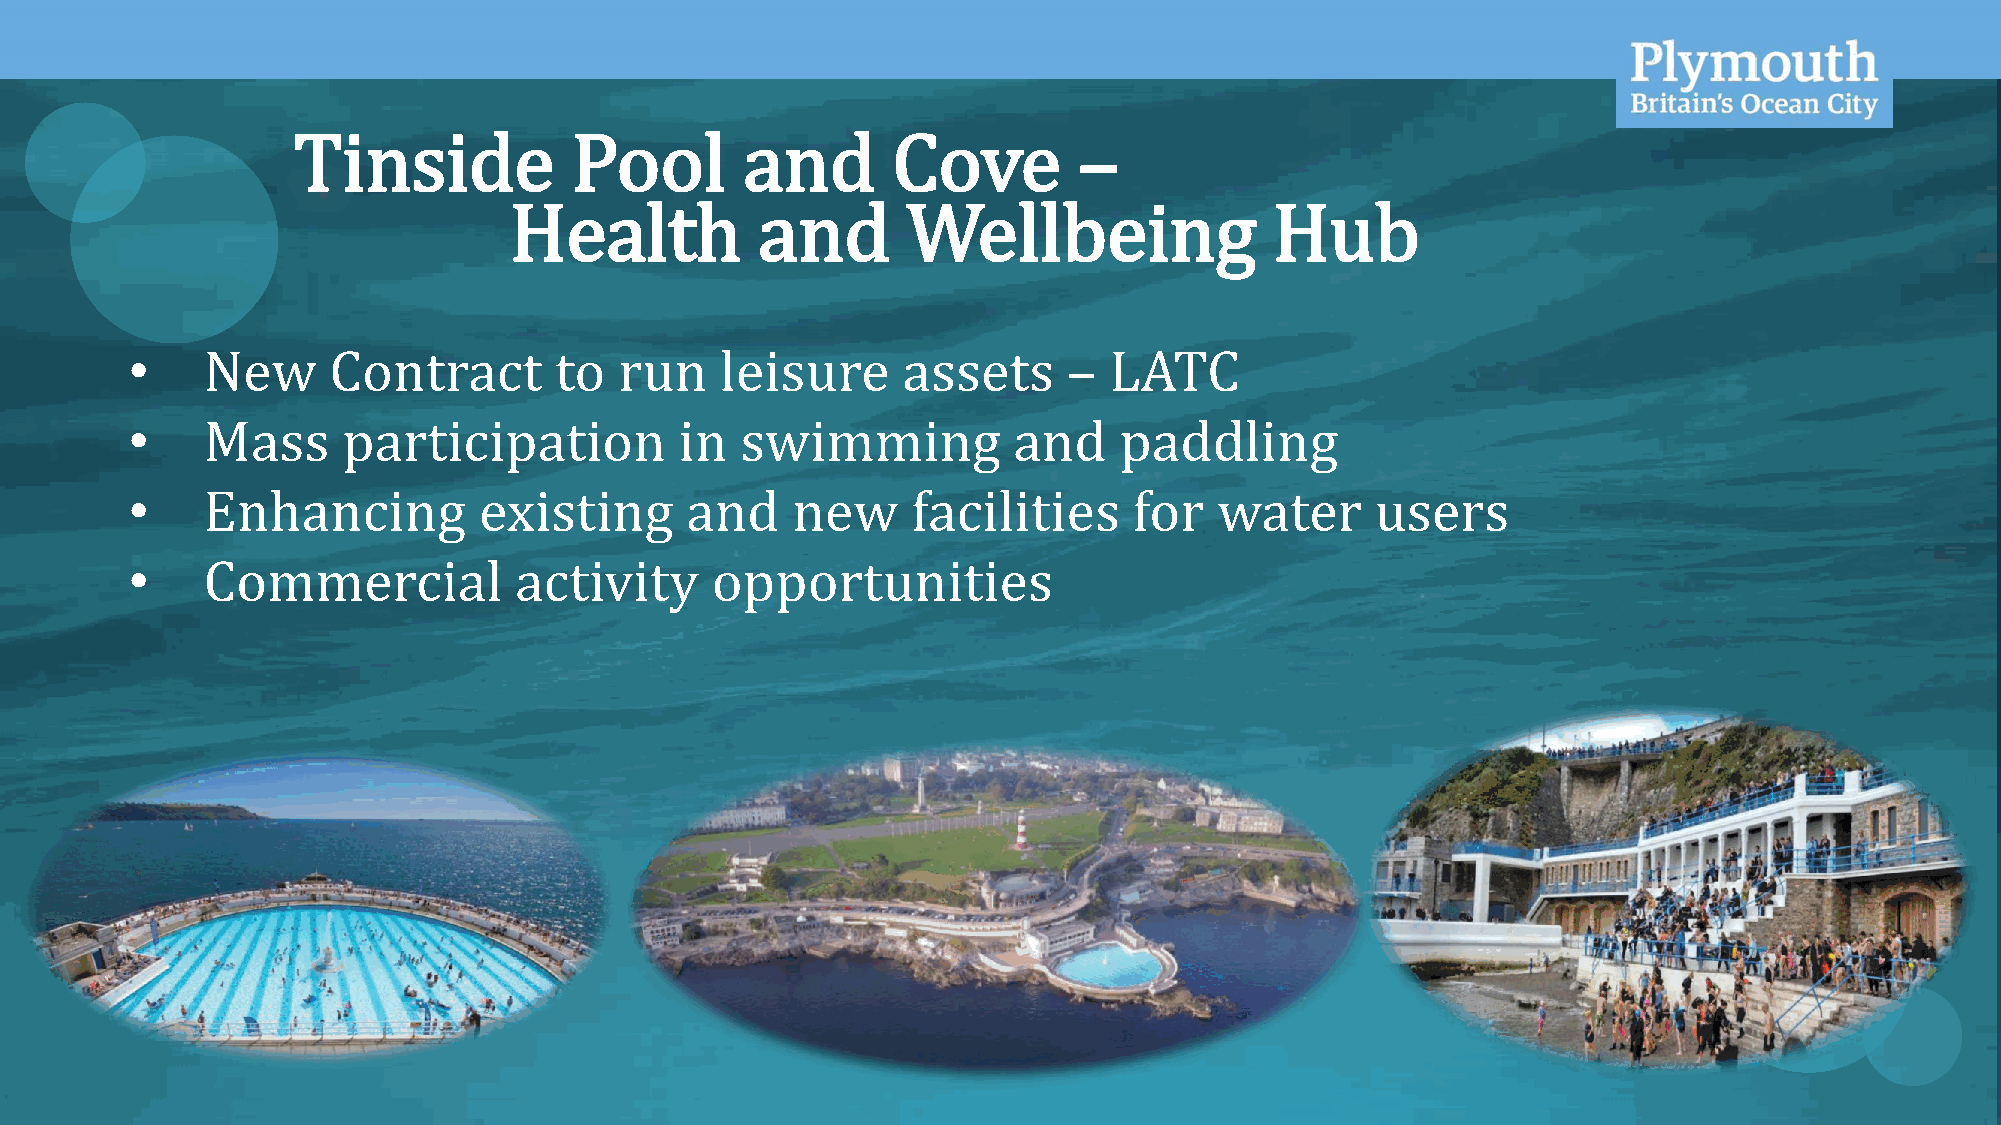
OFFICIAL
 Tinside            Pool       and       Cove        –
 Health          and       Wellbeing               Hub
 •    New      Contract       to  run    leisure     assets     – LATC
 •    Mass      participation         in  swimming          and    paddling
 •    Enhancing          existing     and    new     facilities     for   water     users
 •    Commercial           activity     opportunities